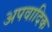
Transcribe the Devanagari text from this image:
अपवादिक